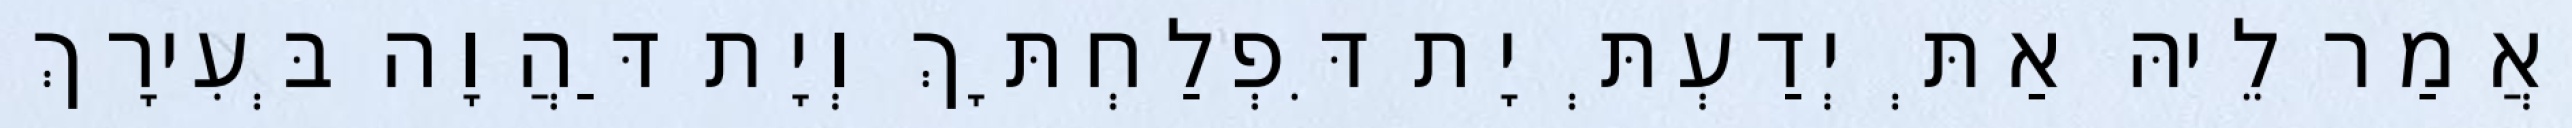
וַאֲמַר לֵיהּ אַתְּ יְדַעְתְּ יָת דִּפְלַחְתָּךְ וְיָת דַּהֲוָה בְּעִירָךְ